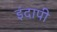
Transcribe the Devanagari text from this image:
इंदापी